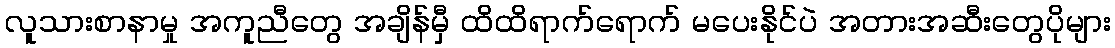
လူသားစာနာမှု အကူညီတွေ အချိန်မှီ ထိထိရာက်ရောက် မပေးနိုင်ပဲ အတားအဆီးတွေပိုများ